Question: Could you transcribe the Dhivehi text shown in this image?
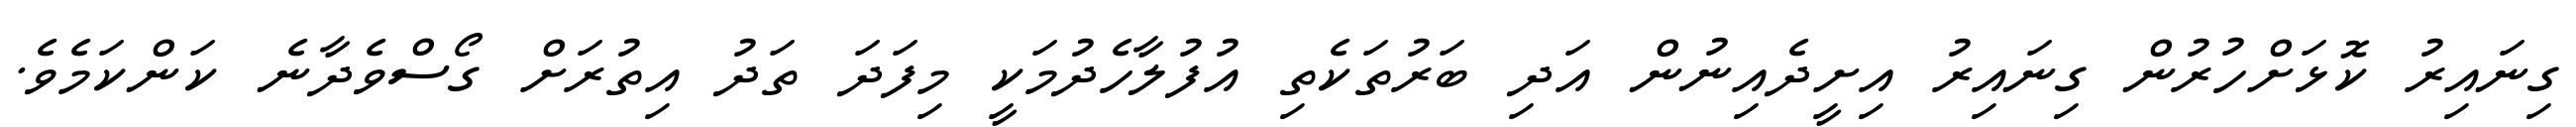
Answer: ގިނައިރު ކޮޅަށްހުރުން ގިނައިރު އިށީދެއިނުން އަދި ބަރުތަކެތި އުފުލާހެދުމަކީ މިފަދަ ތަދު އިތުރަށް ގޯސްވެދާނެ ކަންކަމެވެ.